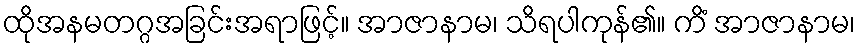
ထိုအနမတဂ္ဂအခြင်းအရာဖြင့်။ အာဇာနာမ၊ သိရပါကုန်၏။ ကိံ အာဇာနာမ၊